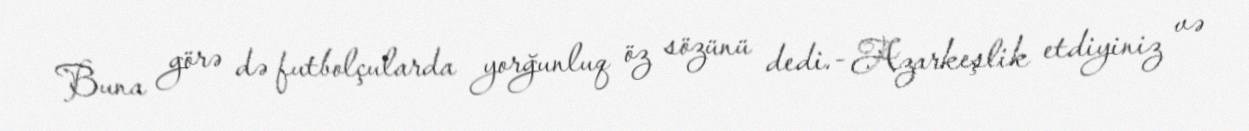
Buna görə də futbolçularda yorğunluq öz sözünü dedi.- Azarkeşlik etdiyiniz və